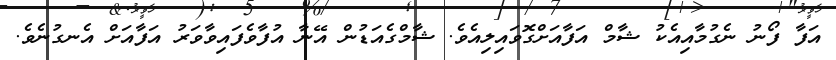
އަފާ ފޯނު ނެގުމާއިއެކު ޝާމް އަފާއަށްގޮވައިލިއެވެ. ޝާމްގެއަޑުން އޭނާ އުފާވެފައިވާވަރު އަފާއަށް އެނގުނެވެ.